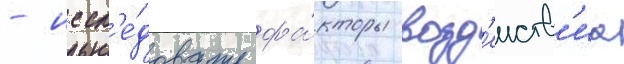
- иссл'е́довать фа́кторы возд'еиств'иа